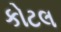
કોટલ